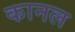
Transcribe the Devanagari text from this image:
कानल